Problem: 20 + 30 = ?
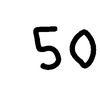
Handwritten answer: 50